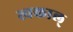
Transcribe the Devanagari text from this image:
स्वकाल्